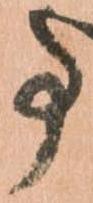
事